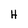
Character: H